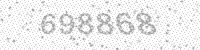
Solution: 698868